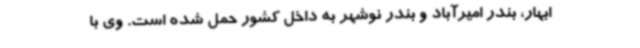
ابهار، بندر امیرآباد و بندر نوشهر به داخل کشور حمل شده است. وی با